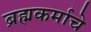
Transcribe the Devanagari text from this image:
ब्रह्मकर्माचे